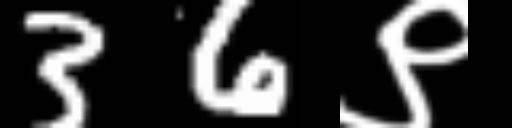
Text: 36९